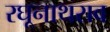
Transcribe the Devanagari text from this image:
रघूनाथराव